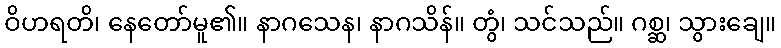
ဝိဟရတိ၊ နေတော်မူ၏။ နာဂသေန၊ နာဂသိန်။ တွံ၊ သင်သည်။ ဂစ္ဆ၊ သွားချေ။